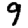
Digit: 9